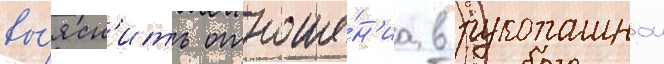
вы́ясн'ить отноше́н'иа в рукопашнои